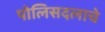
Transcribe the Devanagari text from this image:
पोलिसदलाचे